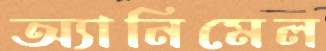
অ্যানিমেল